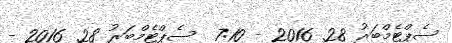
ސެޕްޓެމްބަރު 28